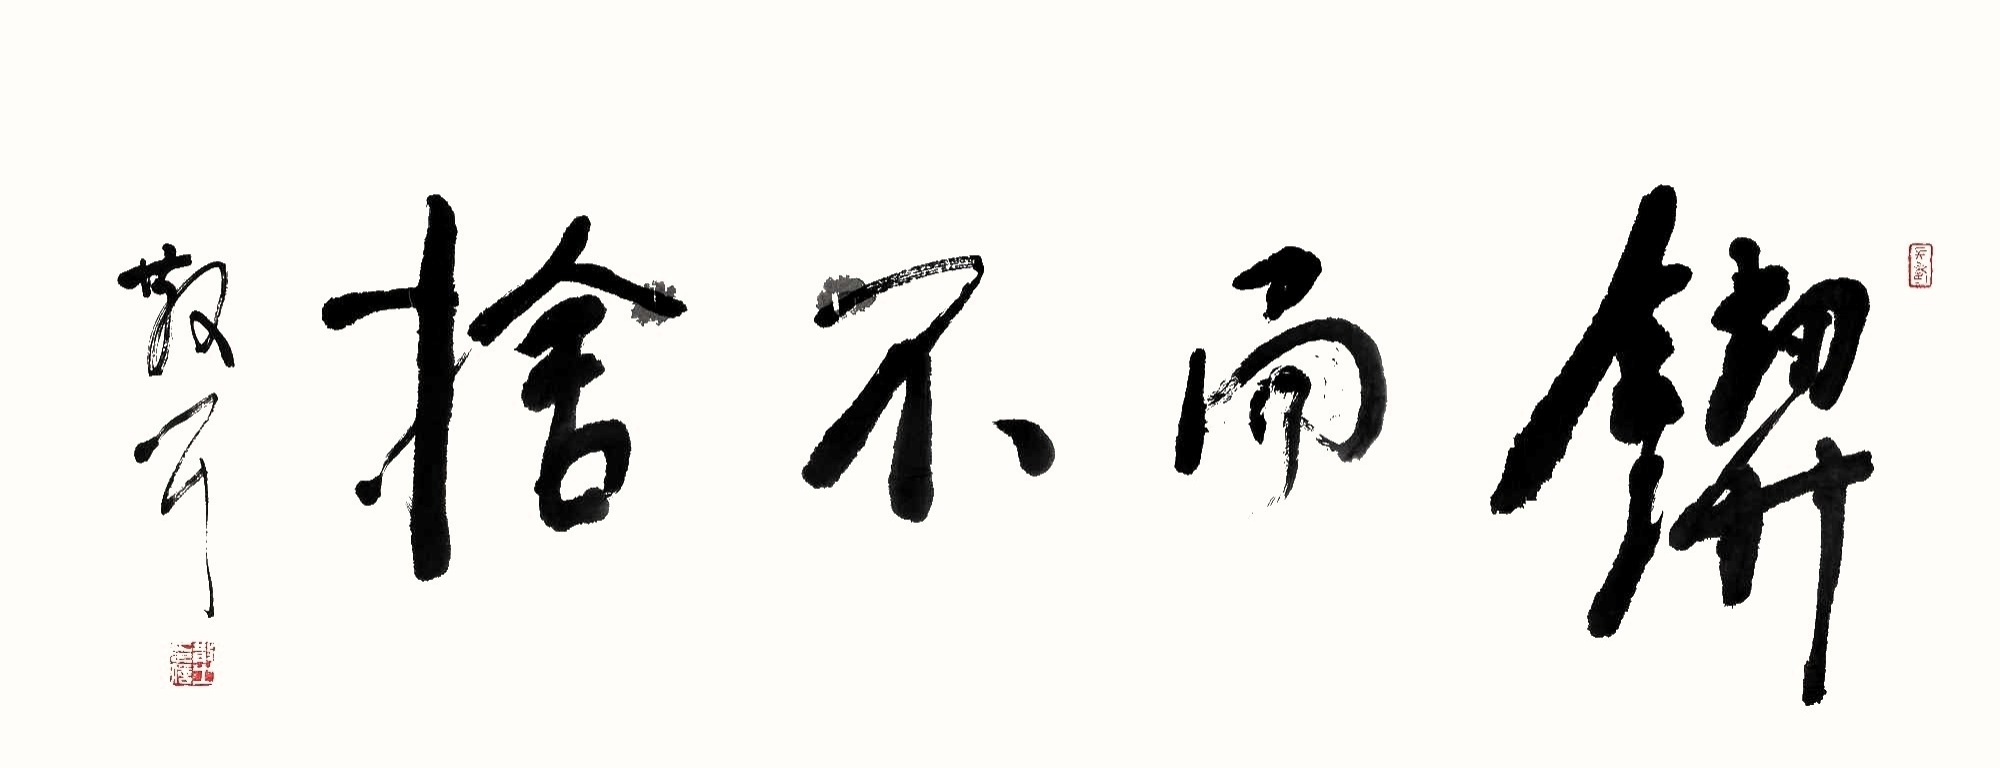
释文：锲而不舍散之